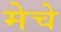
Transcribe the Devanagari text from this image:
मेचे